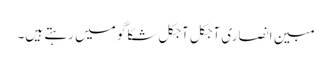
مبین انصاری آجکل آجکل شکاگو میں رہتے ہیں۔